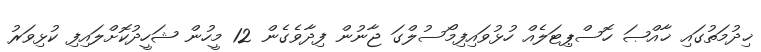
ޚިދުމަތުގައި ޚާއްޞަ ހޮސްޕިޓަލެއް ހުޅުވައިފިމޯސުލްގަ ޖާނުން ފިދާވެގެން 12 މީހުން ޝަހީދުކޮށްލައިފި ކުޅިވަރު